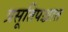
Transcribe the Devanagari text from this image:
प्रसूतिपश्चात